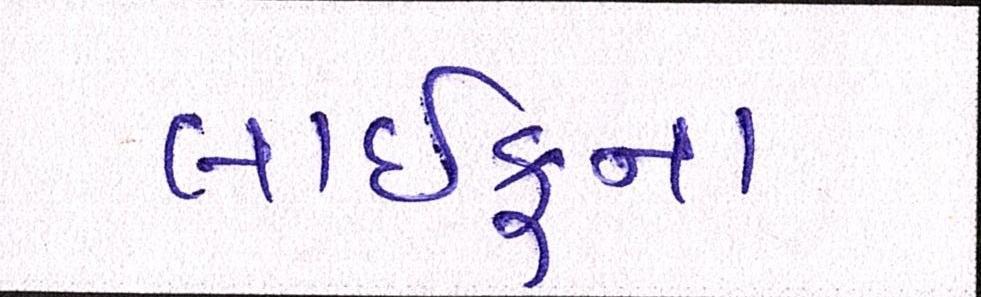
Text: લાઈફના